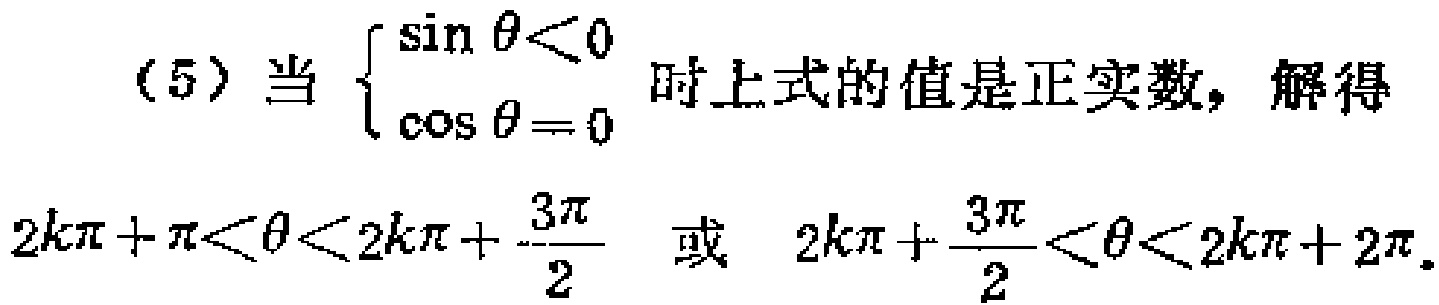
（5）当$\begin{cases}
\sin\theta < 0 \\
\cos\theta = 0
\end{cases}$时上式的值是正实数，解得
$2k\pi+\pi<\theta<2k\pi+\frac{3\pi}{2}$ 或 $2k\pi+\frac{3\pi}{2}<\theta<2k\pi + 2\pi$.